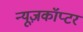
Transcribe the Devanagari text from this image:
न्यूज़कॉप्टर